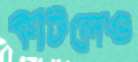
কাটলেও